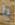
يا